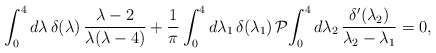
\begin{align*}\int_0^4 d\lambda\,\delta(\lambda)\,\frac{\lambda-2}{\lambda(\lambda-4)}+\frac{1}{\pi}\int_0^4 d\lambda_1\, \delta(\lambda_1)\,\mathcal{P}\!\!\,\int_0^4 d\lambda_2\, \frac{\delta'(\lambda_2)}{\lambda_2-\lambda_1}=0,\end{align*}